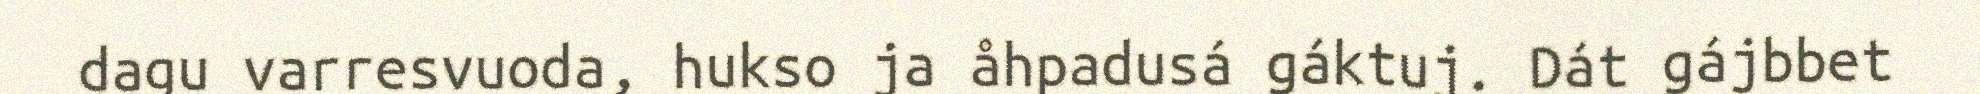
dagu varresvuoda, hukso ja åhpadusá gáktuj. Dát gájbbet